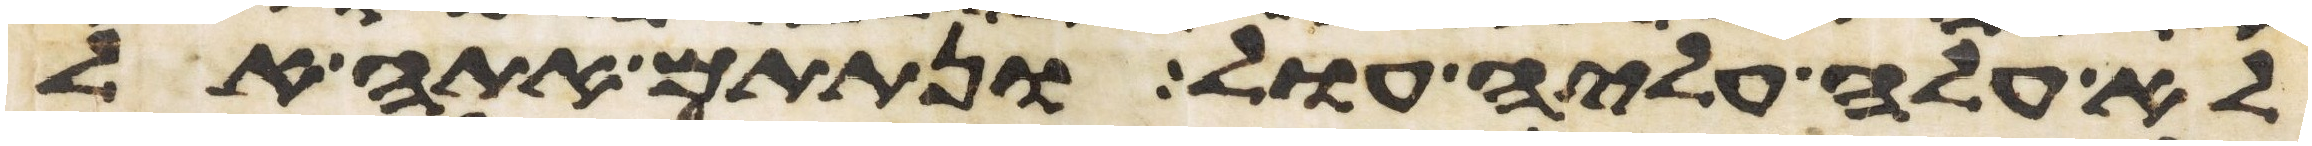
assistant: לא עלה עליה עול ונתתם אתה אל